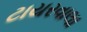
ટાયરવાલા